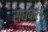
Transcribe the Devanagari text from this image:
संघपाल